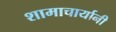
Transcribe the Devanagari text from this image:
शामाचार्यानी